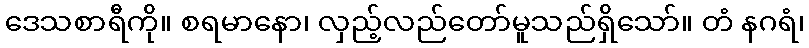
ဒေသစာရီကို။ စရမာနော၊ လှည့်လည်တော်မူသည်ရှိသော်။ တံ နဂရံ၊